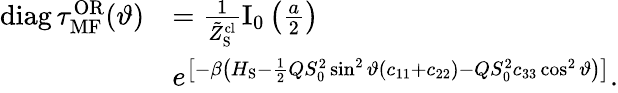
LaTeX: \begin{array}{rl}{\mathrm{diag}\, \tau_{\mathrm{MF}}^{\mathrm{OR}}(\vartheta)}&{=\frac{1}{\tilde{Z}_{\mathrm{S}}^{\mathrm{cl}}}\mathrm{I}_{0}\left(\frac{a}{2}\right)}\\ &{e^{\left[-\beta\left(H_{\mathrm{S}}-\frac{1}{2}QS_{0}^{2}\sin^{2}\vartheta(c_{11}+c_{22})-QS_{0}^{2}c_{33}\cos^{2}\vartheta\right)\right]}.}\end{array}